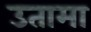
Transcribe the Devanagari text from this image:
उतामा